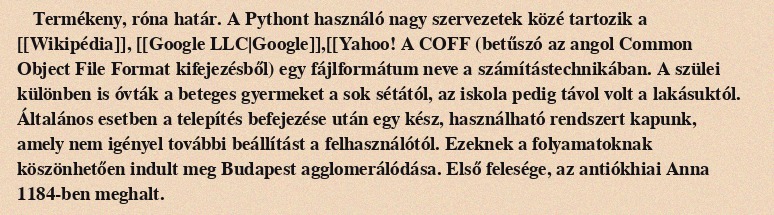
Termékeny, róna határ. A Pythont használó nagy szervezetek közé tartozik a [[Wikipédia]], [[Google LLC|Google]],[[Yahoo! A COFF (betűszó az angol Common Object File Format kifejezésből) egy fájlformátum neve a számítástechnikában. A szülei különben is óvták a beteges gyermeket a sok sétától, az iskola pedig távol volt a lakásuktól. Általános esetben a telepítés befejezése után egy kész, használható rendszert kapunk, amely nem igényel további beállítást a felhasználótól. Ezeknek a folyamatoknak köszönhetően indult meg Budapest agglomerálódása. Első felesége, az antiókhiai Anna 1184-ben meghalt.